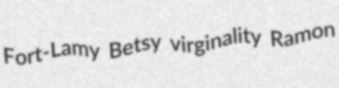
Fort-Lamy Betsy virginality Ramon